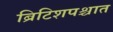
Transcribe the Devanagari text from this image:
ब्रिटिशपश्चात